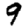
Digit: 9